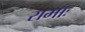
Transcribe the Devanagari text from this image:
रामाः